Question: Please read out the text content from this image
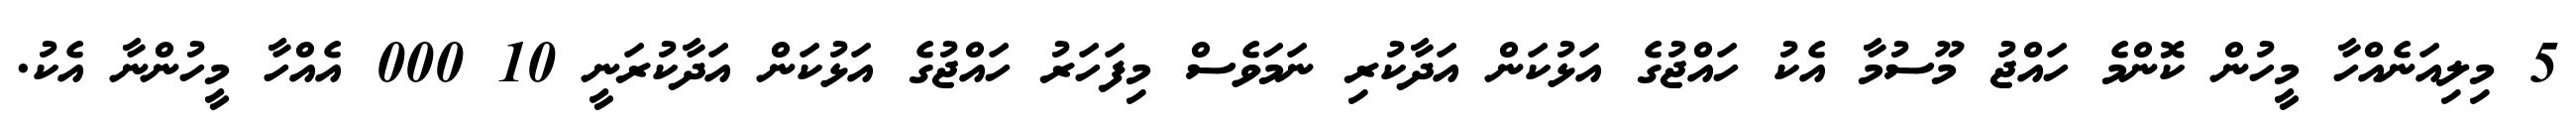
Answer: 5 މިލިއަނެއްހާ މީހުން ކޮންމެ ހައްޖު މޫސުމާ އެކު ހައްޖުގެ އަޅުކަން އަދާކުރި ނަމަވެސް މިފަހަރު ހައްޖުގެ އަޅުކަން އަދާކުރަނީ 10 000 އެއްހާ މީހުންނާ އެކު.